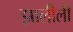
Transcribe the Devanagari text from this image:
झालीली